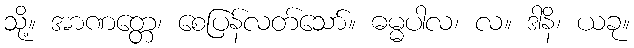
သို့။ အာဏတ္တေ၊ စေပြန်လတ်သော်။ ဓမ္မပါလ၊ လ။ ဒါနိ၊ ယခု။